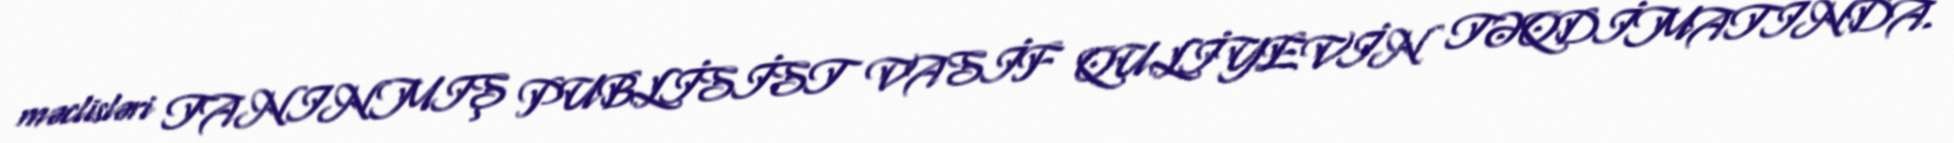
məclisləri TANINMIŞ PUBLİSİST VASİF QULİYEVİN TƏQDİMATINDA.